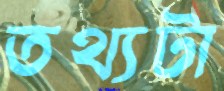
তথ্যটা